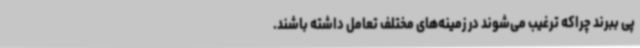
پی ببرند چراکه ترغیب می‌شوند در زمینه‌های مختلف تعامل داشته باشند.